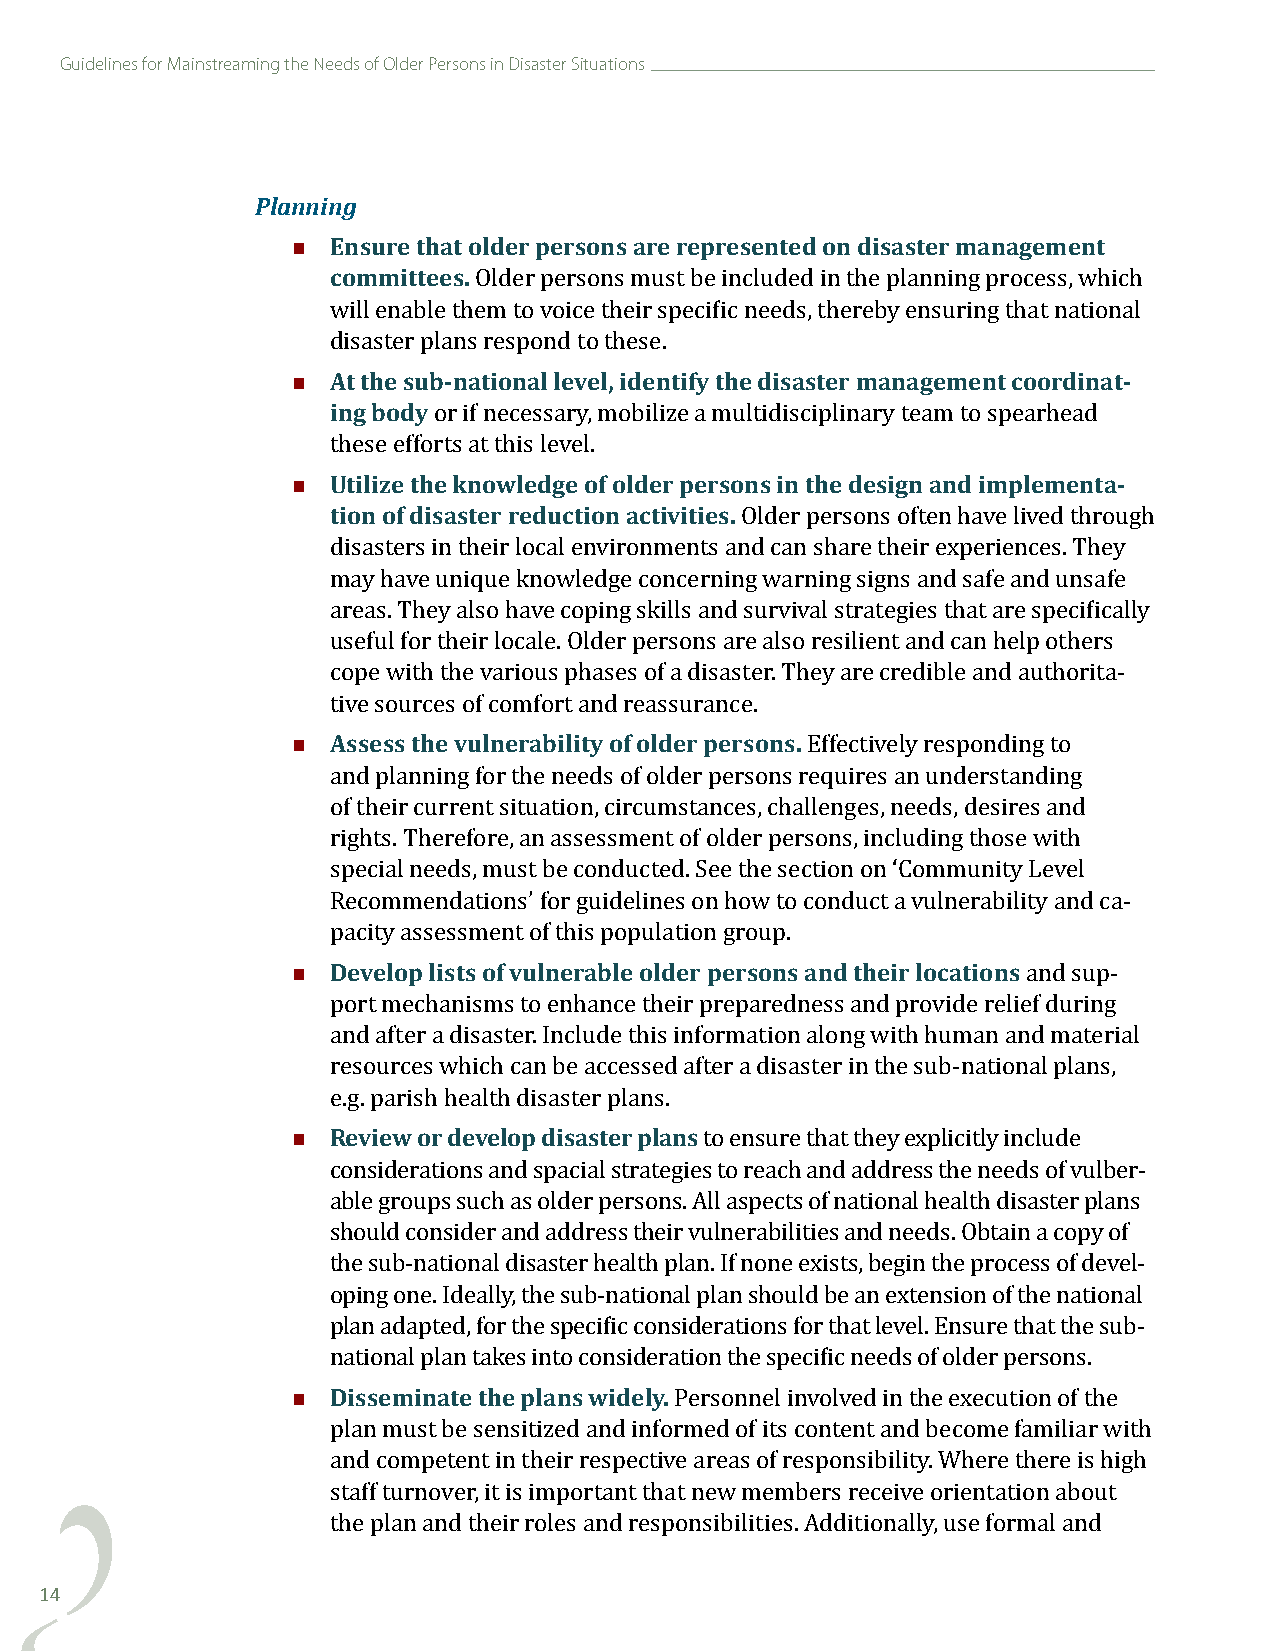
Guidelines for Mainstreaming the Needs of Older Persons in Disaster Situations
 Planning
   Ensure that older persons are represented on disaster management
 committees.
 Older persons must be included in the planning process, which
 will enable them to voice their specific needs, thereby ensuring that national
   At the sub-national level, identify the disaster management coordinat-
 disaster plans respond to these.
 ing body
 or if necessary, mobilize a multidisciplinary team to spearhead
   Utilize the knowledge of older persons in the design and implementa-
 these efforts at this level.
 tion of disaster reduction activities.
 Older persons often have lived through
 disasters in their local environments and can share their experiences. They
 may have unique knowledge concerning warning signs and safe and unsafe
 areas. They also have coping skills and survival strategies that are specifically
 useful for their locale. Older persons are also resilient and can help others
 cope with the various phases of a disaster. They are credible and authorita-
   Assess the vulnerability of older persons.
 tive sources of comfort and reassurance.
 Effectively responding to
 and planning for the needs of older persons requires an understanding
 of their current situation, circumstances, challenges, needs, desires and
 rights. Therefore, an assessment of older persons, including those with
 special needs, must be conducted. See the section on ‘Community Level
 Recommendations’ for guidelines on how to conduct a vulnerability and ca-
   Develop lists of vulnerable older persons and their locations
 pacity assessment of this population group.
 and sup-
 port mechanisms to enhance their preparedness and provide relief during
 and after a disaster. Include this information along with human and material
 resources which can be accessed after a disaster in the sub-national plans,
   Review or develop disaster plans
 e.g. parish health disaster plans.
 to ensure that they explicitly include
 considerations and spacial strategies to reach and address the needs of vulber-
 able groups such as older persons. All aspects of national health disaster plans
 should consider and address their vulnerabilities and needs. Obtain a copy of
 the sub-national disaster health plan. If none exists, begin the process of devel-
 oping one. Ideally, the sub-national plan should be an extension of the national
 plan adapted, for the specific considerations for that level. Ensure that the sub-
   Disseminate the plans widely.
 national plan takes into consideration the specific needs of older persons.
 Personnel involved in the execution of the
 plan must be sensitized and informed of its content and become familiar with
 and competent in their respective areas of responsibility. Where there is high
 staff turnover, it is important that new members receive orientation about
 the plan and their roles and responsibilities. Additionally, use formal and
 14